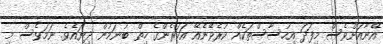
އޭނާއަށްވެސް މިފަދަ އިހުސާސްތަކެއް ކުރެވޭނެއޭ އަހަރެންގެ ހިތް ބުނަމުން ދިޔައެވެ. ނަމަވެސް މި